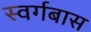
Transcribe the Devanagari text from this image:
स्वर्गबास